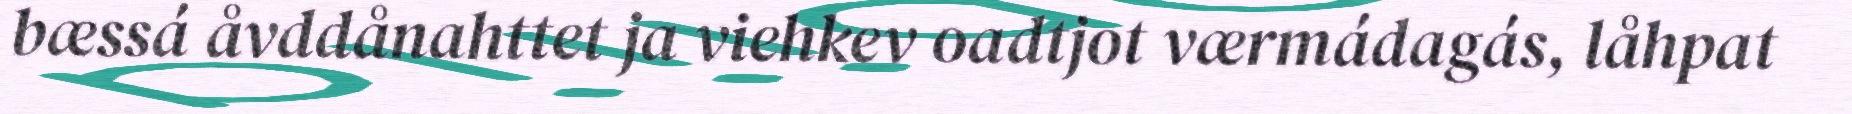
bæssá åvddånahttet ja viehkev oadtjot værmádagás, låhpat